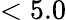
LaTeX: <5.0